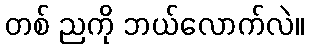
တစ် ညကို ဘယ်လောက်လဲ။